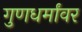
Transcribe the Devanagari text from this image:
गुणधर्मांवर